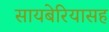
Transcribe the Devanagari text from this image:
सायबेरियासह